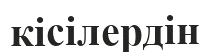
кісілердін